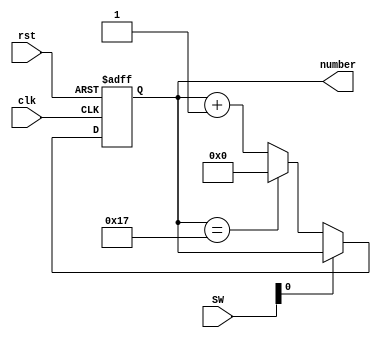
module number_2(
				input		          clk,
				input		          rst,
				input			[17:0] SW,
				output	reg[4:0]  number);
		parameter   			 n=24;
		always@(posedge clk or negedge rst) begin
				if(!rst) begin
						number<=0;
				end else if(SW[0]) begin
						number<=number;
				end else if(number==n-1) begin
						number<=0;
				end else begin
						number<=number+1;
				end
		end
endmodule